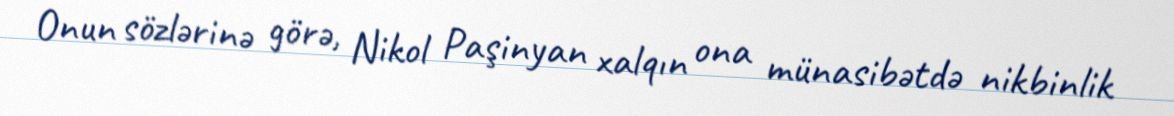
Onun sözlərinə görə, Nikol Paşinyan xalqın ona münasibətdə nikbinlik